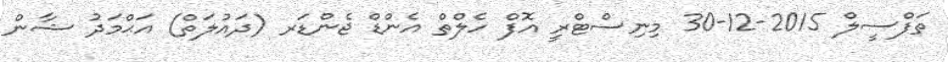
ތަފްސީލް 2015-12-30 މިނިސްޓްރީ އޮފް ހެލްތް އެންޑް ޖެންޑަރ (ދައުލަތް) އަޙްމަދު ޝާން